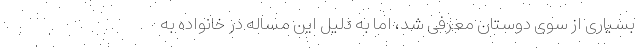
بسیاری از سوی دوستان معرفی شد، اما به دلیل این مساله در خانواده به